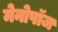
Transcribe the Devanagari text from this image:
मेनोपॉज